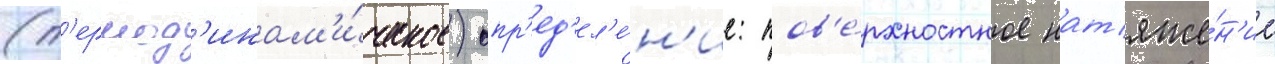
(т'ермод'инам'и́ческое) опр'ед'ел'е́н'ие: пов'е́рхностное нат'яже́н'ие